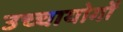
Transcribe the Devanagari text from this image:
उच्चायोगों